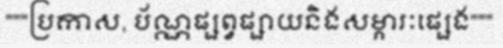
"""ប្រកាស, ប័ណ្ណផ្សព្វផ្សាយនិងសម្ភារៈផ្សេង"""